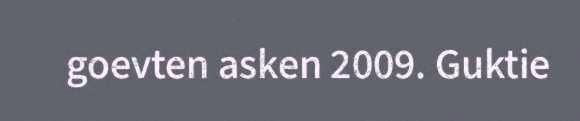
goevten asken 2009. Guktie